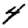
Digit: 4